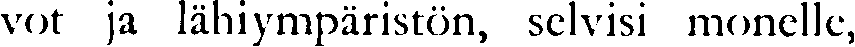
vot ja lähiympäristön, selvisi monelle,